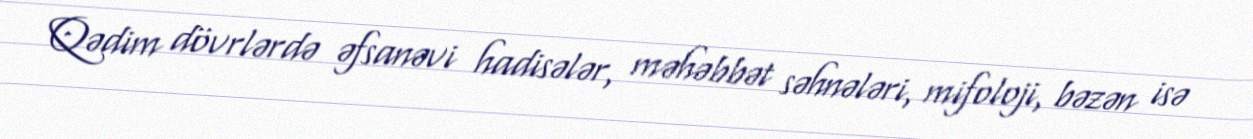
Qədim dövrlərdə əfsanəvi hadisələr, məhəbbət səhnələri, mifoloji, bəzən isə